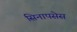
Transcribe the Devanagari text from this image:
सिनापसेस